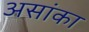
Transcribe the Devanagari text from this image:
असांका